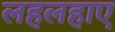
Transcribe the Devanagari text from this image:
लहलहाए